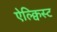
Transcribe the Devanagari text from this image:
ऐल्क्विस्ट